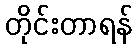
တိုင်းတာရန်